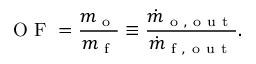
\mathrm { ~ O ~ F ~ } = \frac { m _ { \mathrm { ~ o ~ } } } { m _ { \mathrm { ~ f ~ } } } \equiv \frac { \dot { m } _ { \mathrm { ~ o ~ , ~ o ~ u ~ t ~ } } } { \dot { m } _ { \mathrm { ~ f ~ , ~ o ~ u ~ t ~ } } } .